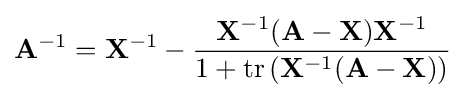
\mathbf {A} ^{-1}=\mathbf {X} ^{-1}-{\frac {\mathbf {X} ^{-1}(\mathbf {A} -\mathbf {X} )\mathbf {X} ^{-1}}{1+\operatorname {tr} \left(\mathbf {X} ^{-1}(\mathbf {A} -\mathbf {X} )\right)}}~